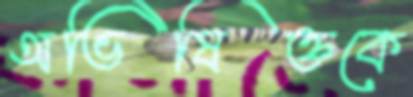
অভিষিক্তকে